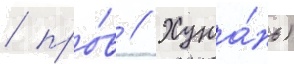
/ про́в // Хуна́нь)